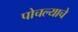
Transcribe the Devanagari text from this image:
पोचल्याचे